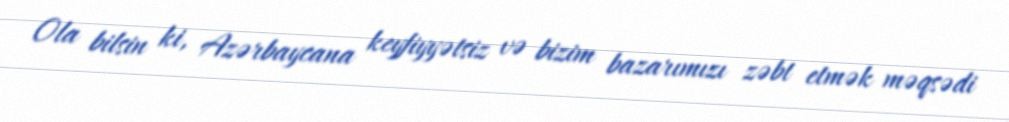
Ola bilsin ki, Azərbaycana keyfiyyətsiz və bizim bazarımızı zəbt etmək məqsədi